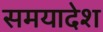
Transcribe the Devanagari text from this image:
समयादेश